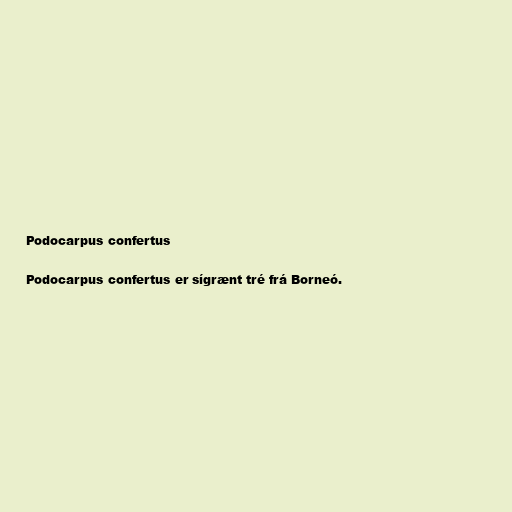
Podocarpus confertus

Podocarpus confertus er sígrænt tré frá Borneó.